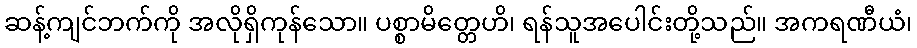
ဆန့်ကျင်ဘက်ကို အလိုရှိကုန်သော။ ပစ္စာမိတ္တေဟိ၊ ရန်သူအပေါင်းတို့သည်။ အကရဏီယံ၊